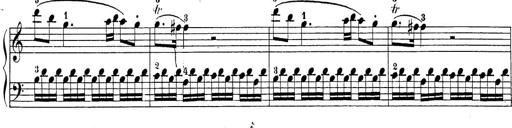
Title: Sonatina Album
Composer: Louis KÃ¶hler